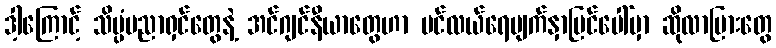
ဒါ့ကြောင့် သိပ္ပံပညာရှင်တွေနဲ့ အင်ဂျင်နီယာတွေဟာ ပင်လယ်ရေမျက်နှာပြင်ပေါ်မှာ ဆိုလာပြားတွေ